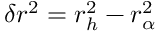
\delta r ^ { 2 } = r _ { h } ^ { 2 } - r _ { \alpha } ^ { 2 }